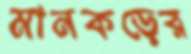
মানকড়ের